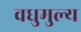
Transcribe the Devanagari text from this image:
वधुमुल्य